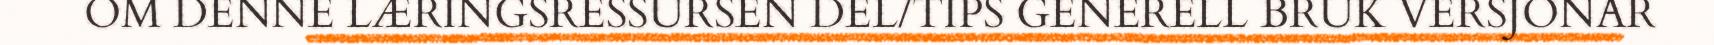
OM DENNE LÆRINGSRESSURSEN DEL/TIPS GENERELL BRUK VERSJONAR